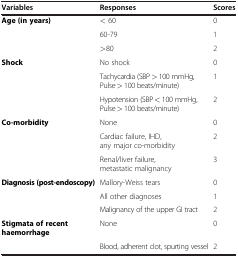
<table><thead><tr><td><b>Variables</b></td><td><b>Responses</b></td><td><b>Scores</b></td></tr></thead><tbody><tr><td><b>Age (in years)</b></td><td>&lt; 60</td><td>0</td></tr><tr><td> </td><td>60-79</td><td>1</td></tr><tr><td> </td><td>&gt;80</td><td>2</td></tr><tr><td><b>Shock</b></td><td>No shock</td><td>0</td></tr><tr><td> </td><td>Tachycardia (SBP &gt; 100 mmHg, Pulse &gt; 100 beats/minute)</td><td>1</td></tr><tr><td> </td><td>Hypotension (SBP &lt; 100 mmHg, Pulse &gt; 100 beats/minute)</td><td>2</td></tr><tr><td><b>Co-morbidity</b></td><td>None</td><td>0</td></tr><tr><td> </td><td>Cardiac failure, IHD, any major co-morbidity</td><td>2</td></tr><tr><td> </td><td>Renal/liver failure, metastatic malignancy</td><td>3</td></tr><tr><td><b>Diagnosis (post-endoscopy)</b></td><td>Mallory-Weiss tears</td><td>0</td></tr><tr><td> </td><td>All other diagnoses</td><td>1</td></tr><tr><td> </td><td>Malignancy of the upper GI tract</td><td>2</td></tr><tr><td><b>Stigmata of recent haemorrhage</b></td><td>None</td><td>0</td></tr><tr><td> </td><td>Blood, adherent clot, spurting vessel</td><td>2</td></tr></tbody></table>